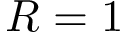
R = 1